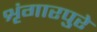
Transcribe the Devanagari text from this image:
शृंगारपुरे